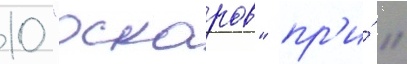
10 "оскаров" пр'и́ 11